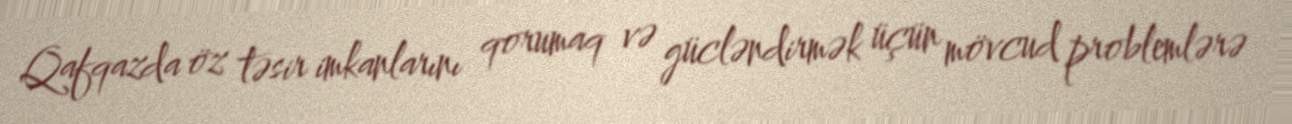
Qafqazda öz təsir imkanlarını qorumaq və gücləndirmək üçün mövcud problemlərə